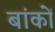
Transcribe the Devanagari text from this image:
बांकों